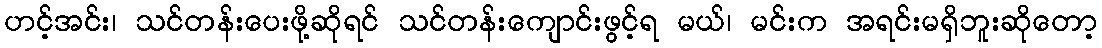
ဟင့်အင်း၊ သင်တန်းပေးဖို့ဆိုရင် သင်တန်းကျောင်းဖွင့်ရ မယ်၊ မင်းက အရင်းမရှိဘူးဆိုတော့